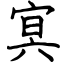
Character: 㝠